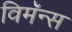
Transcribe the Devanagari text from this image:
विमॅन्स